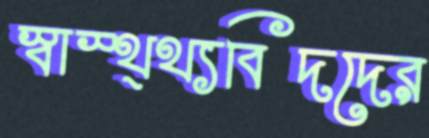
স্বাস্থ্থ্যবিদদের